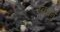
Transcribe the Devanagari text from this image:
स्वधर्मु